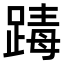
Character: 𨂭